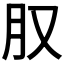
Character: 𪱙